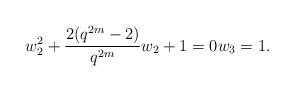
LaTeX: \begin{align*} w_2^2+\frac{2(q^{2m}-2)}{q^{2m}}w_2+1=0 w_3=1. \end{align*}